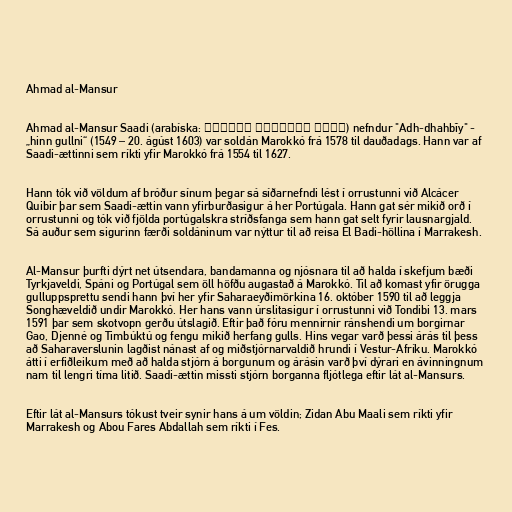
Ahmad al-Mansur

Ahmad al-Mansur Saadi (arabíska: أحمد المنصور السعدي) nefndur "Adh-dhahbîy" -
„hinn gullni“ (1549 – 20. ágúst 1603) var soldán Marokkó frá 1578 til dauðadags. Hann var af
Saadi-ættinni sem ríkti yfir Marokkó frá 1554 til 1627.

Hann tók við völdum af bróður sínum þegar sá síðarnefndi lést í orrustunni við Alcácer
Quibir þar sem Saadi-ættin vann yfirburðasigur á her Portúgala. Hann gat sér mikið orð í
orrustunni og tók við fjölda portúgalskra stríðsfanga sem hann gat selt fyrir lausnargjald.
Sá auður sem sigurinn færði soldáninum var nýttur til að reisa El Badi-höllina í Marrakesh.

Al-Mansur þurfti dýrt net útsendara, bandamanna og njósnara til að halda í skefjum bæði
Tyrkjaveldi, Spáni og Portúgal sem öll höfðu augastað á Marokkó. Til að komast yfir örugga
gulluppsprettu sendi hann því her yfir Saharaeyðimörkina 16. október 1590 til að leggja
Songhæveldið undir Marokkó. Her hans vann úrslitasigur í orrustunni við Tondibi 13. mars
1591 þar sem skotvopn gerðu útslagið. Eftir það fóru mennirnir ránshendi um borgirnar
Gao, Djenné og Timbúktú og fengu mikið herfang gulls. Hins vegar varð þessi árás til þess
að Saharaverslunin lagðist nánast af og miðstjórnarvaldið hrundi í Vestur-Afríku. Marokkó
átti í erfiðleikum með að halda stjórn á borgunum og árásin varð því dýrari en ávinningnum
nam til lengri tíma litið. Saadi-ættin missti stjórn borganna fljótlega eftir lát al-Mansurs.

Eftir lát al-Mansurs tókust tveir synir hans á um völdin; Zidan Abu Maali sem ríkti yfir
Marrakesh og Abou Fares Abdallah sem ríkti í Fes.